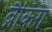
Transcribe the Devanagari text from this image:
ब्रैकिंग